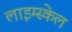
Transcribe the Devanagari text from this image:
लाइम्स्केल